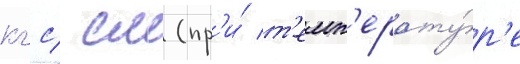
кгс/ см (пр'и́ т'емп'ерату́р'е